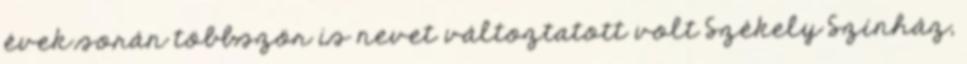
évek során többször is nevet változtatott volt Székely Színház,